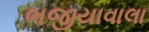
ભજીયાવાલા